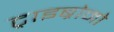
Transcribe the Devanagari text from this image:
ट्राइब्रोमो